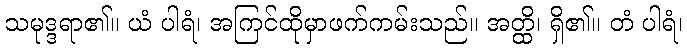
သမုဒ္ဒရာ၏။ ယံ ပါရံ၊ အကြင်ထိုမှာဖက်ကမ်းသည်။ အတ္ထိ၊ ရှိ၏။ တံ ပါရံ၊